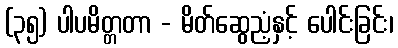
(၃၅) ပါပမိတ္တတာ - မိတ်ဆွေညံ့နှင့် ပေါင်းခြင်း၊